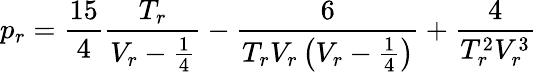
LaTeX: p_{r}={\frac{15}{4}}{\frac{T_{r}}{V_{r}-{\frac{1}{4}}}}-{\frac{6}{T_{r}V_{r}\left(V_{r}-{\frac{1}{4}}\right)}}+{\frac{4}{T_{r}^{2}V_{r}^{3}}}